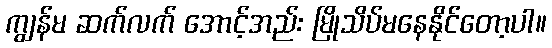
ကျွန်မ ဆက်လက် အောင့်အည်း မြိုသိပ်မနေနိုင်တော့ပါ။